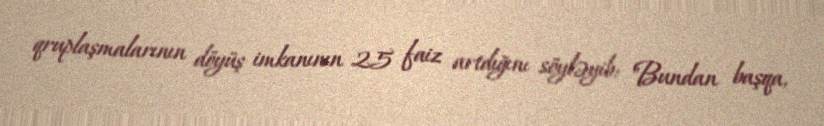
qruplaşmalarının döyüş imkanının 25 faiz artdığını söyləyib: "Bundan başqa,